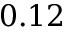
0 . 1 2